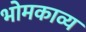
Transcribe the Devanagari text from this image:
भोमकाव्य